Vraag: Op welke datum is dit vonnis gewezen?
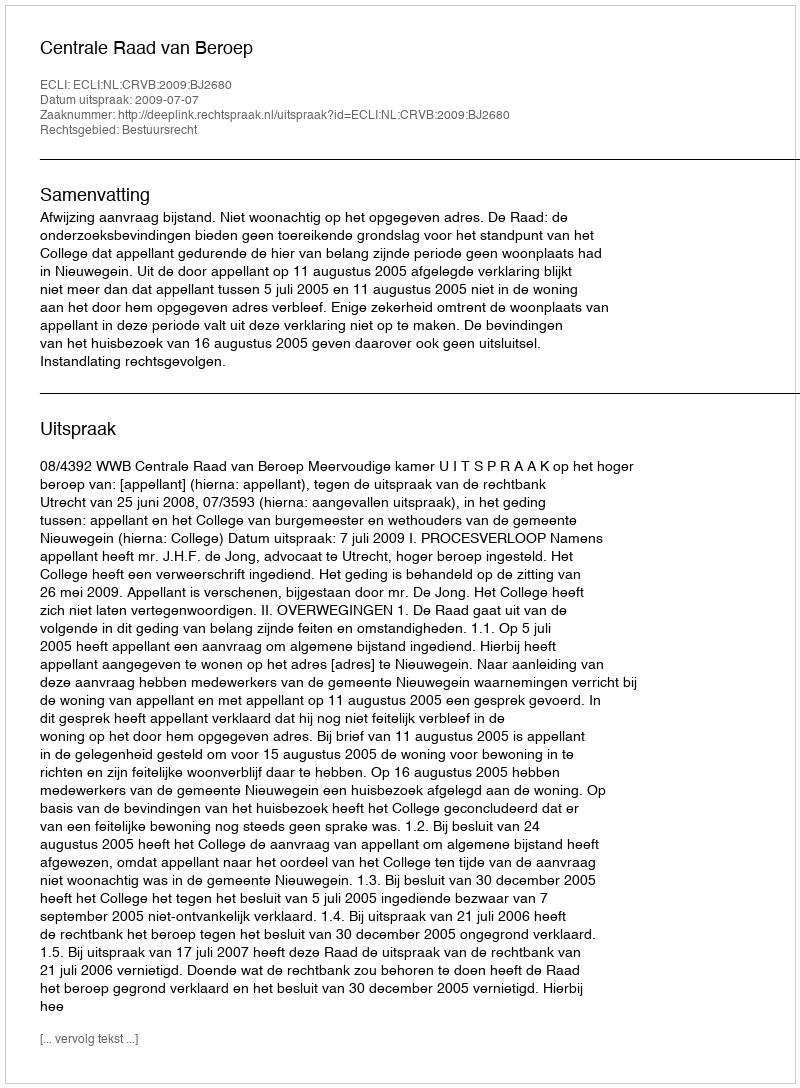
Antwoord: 2009-07-07